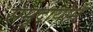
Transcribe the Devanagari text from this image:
समुदायोमे